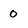
Character: 0